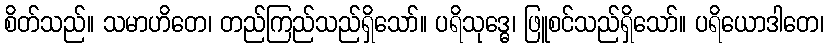
စိတ်သည်။ သမာဟိတေ၊ တည်ကြည်သည်ရှိသော်။ ပရိသုဒ္ဓေ၊ ဖြူစင်သည်ရှိသော်။ ပရိယောဒါတေ၊